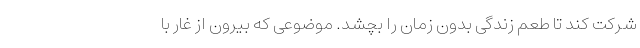
شرکت کند تا طعم زندگی بدون زمان را بچشد. موضوعی که بیرون از غار با